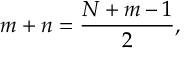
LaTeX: m + n = \frac { N + m - 1 } { 2 } ,